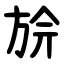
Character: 㫅